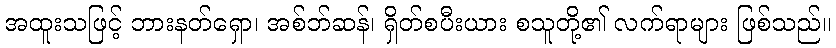
အထူးသဖြင့် ဘားနတ်ရှော၊ အစ်ဘ်ဆန်၊ ရှိတ်စပီးယား စသူတို့၏ လက်ရာများ ဖြစ်သည်။